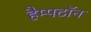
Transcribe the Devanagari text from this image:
हैम्पटॉन